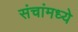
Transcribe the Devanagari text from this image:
संचांमध्ये